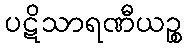
ပဋိသာရဏီယဉ္စ